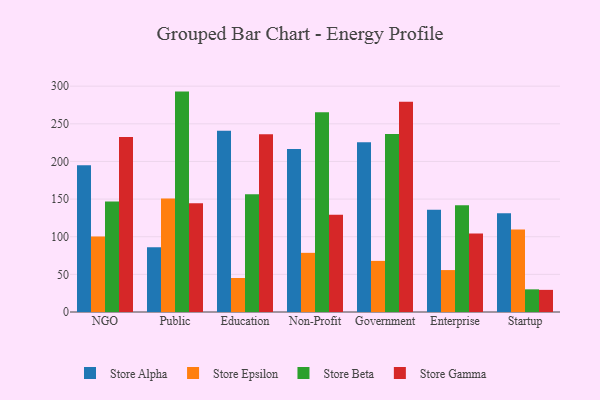
{"axis": {"x": "Segment", "y": "Humidity (%)"}, "legend": ["Store Alpha", "Store Beta", "Store Epsilon", "Store Gamma"], "data": [{"x": "NGO", "y": 194.9, "type": "Store Alpha"}, {"x": "NGO", "y": 100.3, "type": "Store Epsilon"}, {"x": "NGO", "y": 146.7, "type": "Store Beta"}, {"x": "NGO", "y": 232.6, "type": "Store Gamma"}, {"x": "Public", "y": 86.0, "type": "Store Alpha"}, {"x": "Public", "y": 150.8, "type": "Store Epsilon"}, {"x": "Public", "y": 292.8, "type": "Store Beta"}, {"x": "Public", "y": 144.5, "type": "Store Gamma"}, {"x": "Education", "y": 240.7, "type": "Store Alpha"}, {"x": "Education", "y": 45.2, "type": "Store Epsilon"}, {"x": "Education", "y": 156.3, "type": "Store Beta"}, {"x": "Education", "y": 236.2, "type": "Store Gamma"}, {"x": "Non-Profit", "y": 216.4, "type": "Store Alpha"}, {"x": "Non-Profit", "y": 78.6, "type": "Store Epsilon"}, {"x": "Non-Profit", "y": 265.5, "type": "Store Beta"}, {"x": "Non-Profit", "y": 129.2, "type": "Store Gamma"}, {"x": "Government", "y": 225.4, "type": "Store Alpha"}, {"x": "Government", "y": 67.9, "type": "Store Epsilon"}, {"x": "Government", "y": 236.4, "type": "Store Beta"}, {"x": "Government", "y": 279.3, "type": "Store Gamma"}, {"x": "Enterprise", "y": 135.8, "type": "Store Alpha"}, {"x": "Enterprise", "y": 55.7, "type": "Store Epsilon"}, {"x": "Enterprise", "y": 141.8, "type": "Store Beta"}, {"x": "Enterprise", "y": 104.3, "type": "Store Gamma"}, {"x": "Startup", "y": 131.2, "type": "Store Alpha"}, {"x": "Startup", "y": 109.6, "type": "Store Epsilon"}, {"x": "Startup", "y": 30.1, "type": "Store Beta"}, {"x": "Startup", "y": 29.4, "type": "Store Gamma"}]}